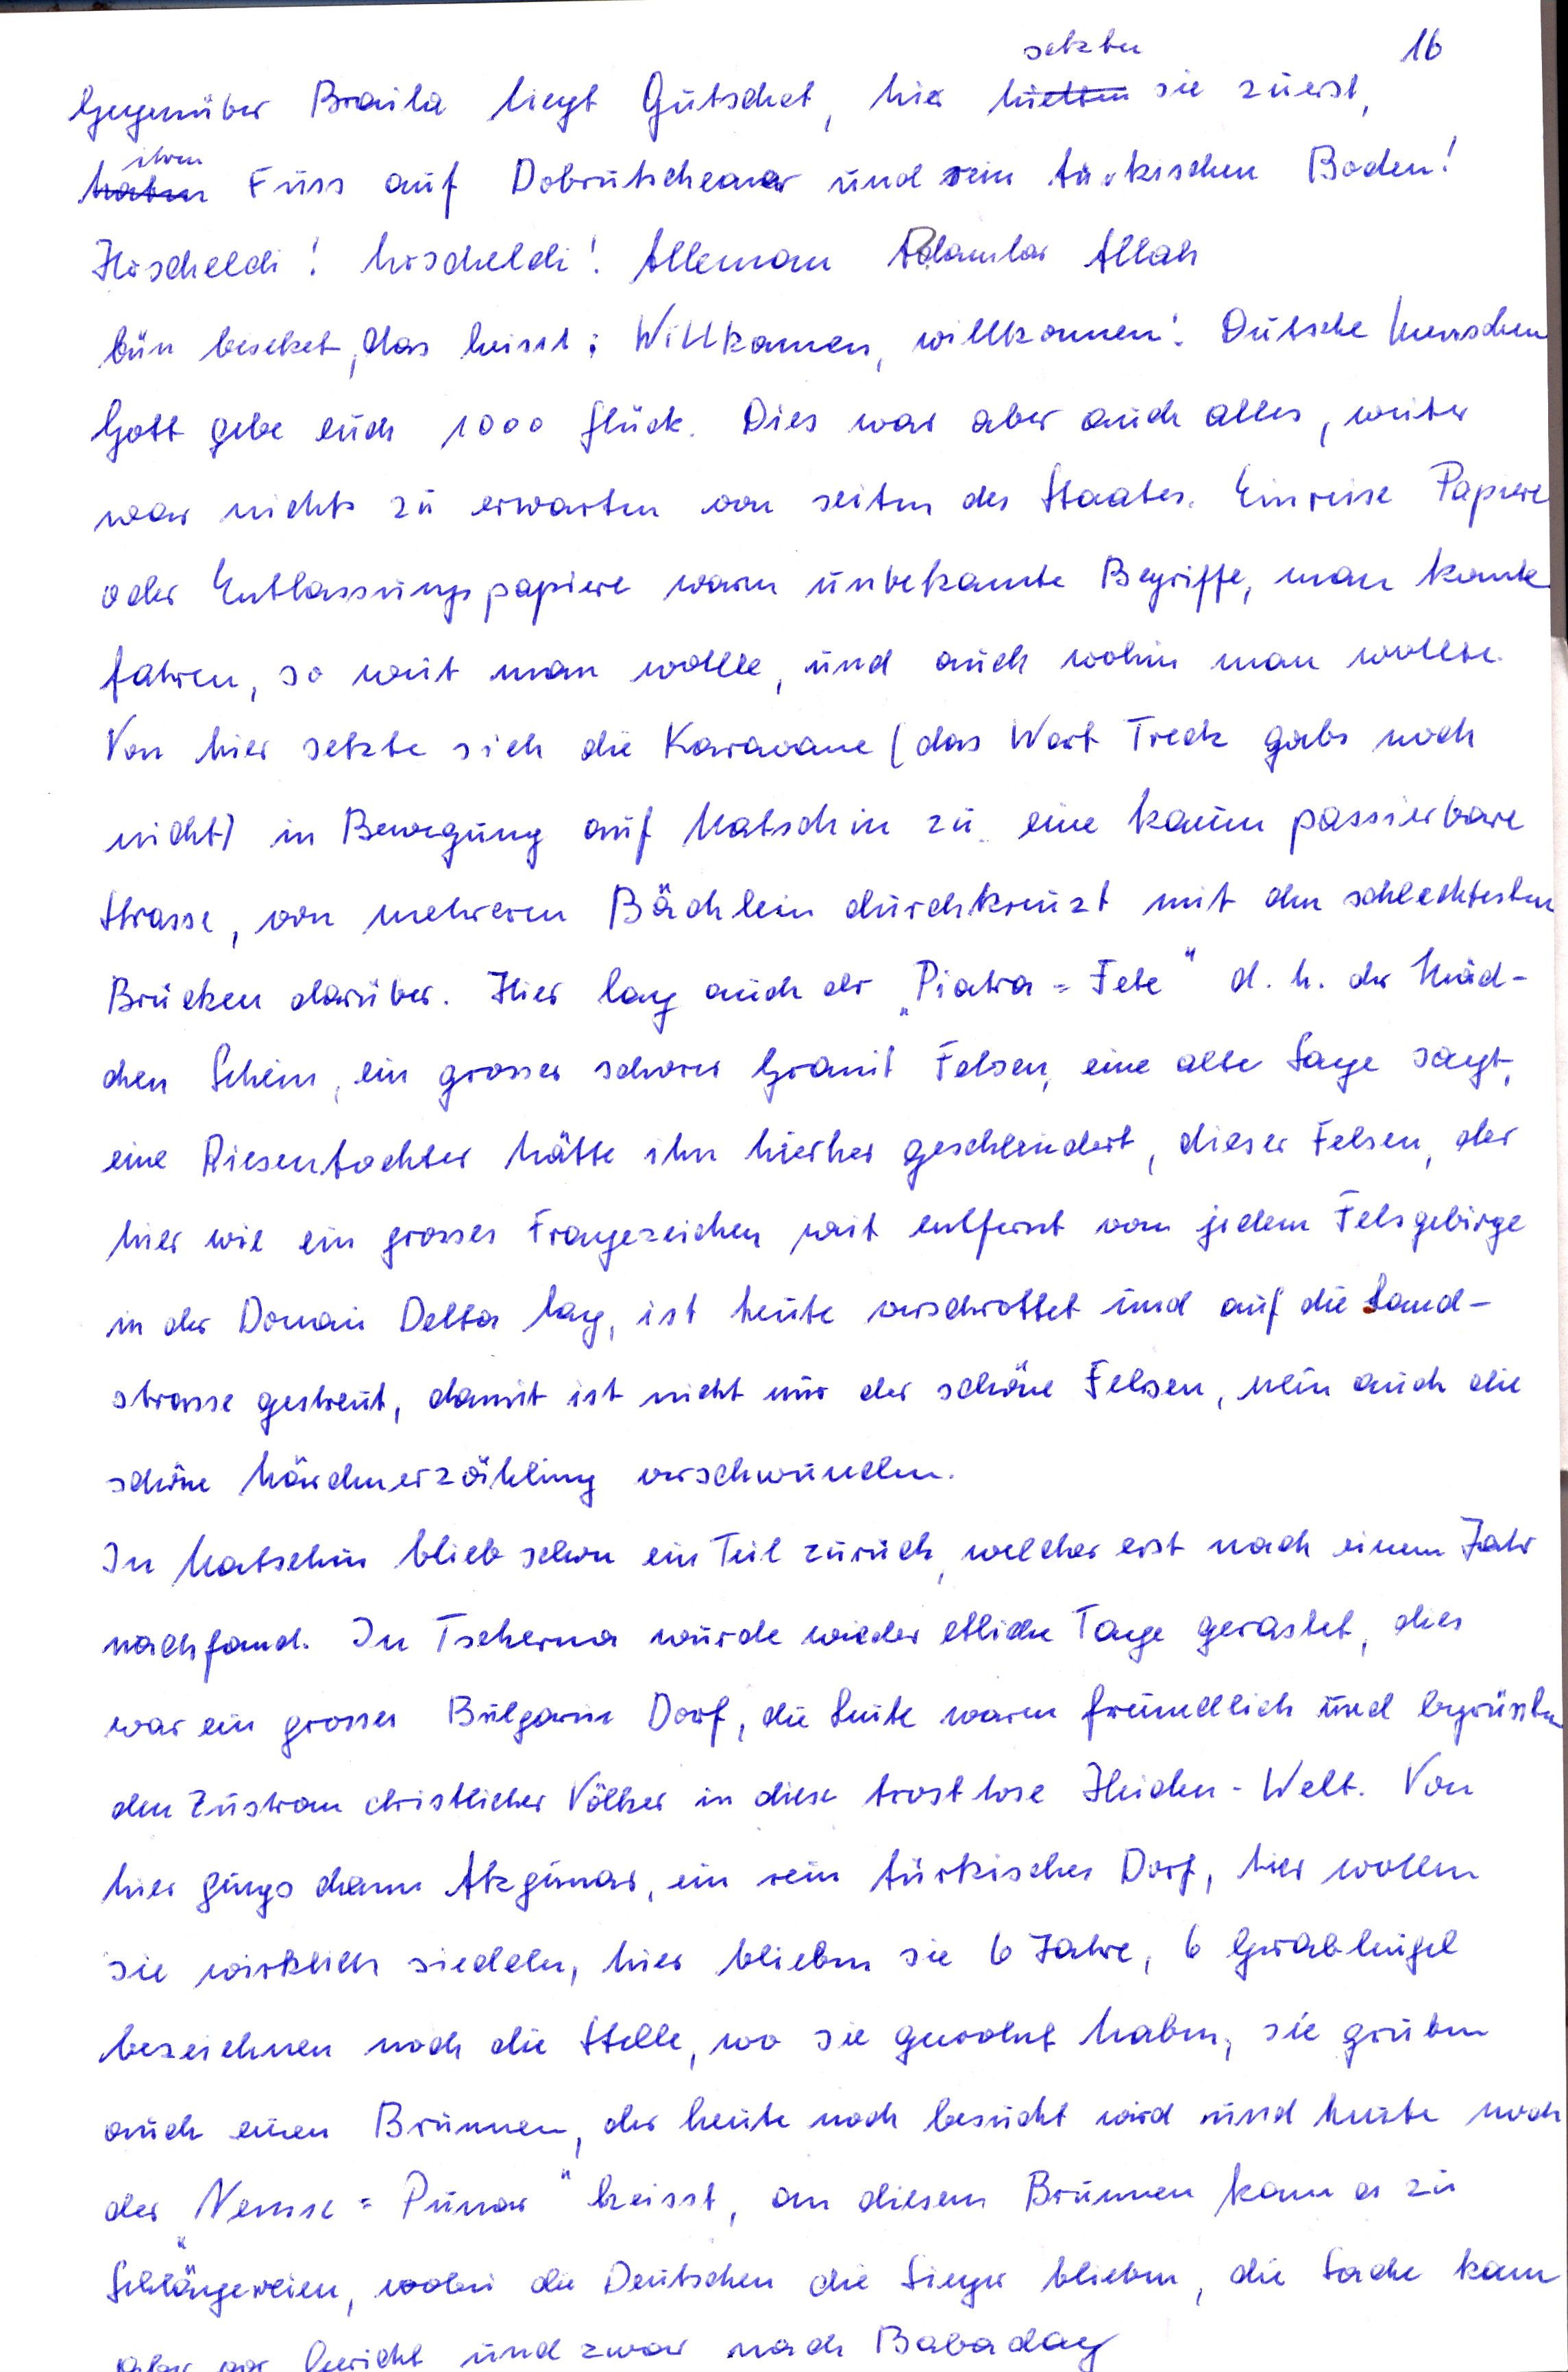
setzten
16
Gegenüber Braila liegt Gutschet hier hietten sie zuerst
ihwen
haten Fuss auf Dobrutscheanar und sein türkischen Boden!
Höscheldi. Urscheldi. Alleman Adamlar Allah
bun besetzet, das heisst; Willkamen willkommen. Dutsche Menschen
Gott gebe euch 1000 Glück. Dies war aber auch alles, weiter
war nichts zu erwarten von seiten des Staates. Einreise Papieret
oder Entlassungspapiere warmn unbekamnte Begriffe, man konte
fahren, so weit man wollle und auch wohin man wollte
Von hier setzte sich die Karavane (das Wort Treck gabs noch
nicht) in Bewegung auf Matschin zu eine kaum passierbare
Strasse, von mehreren Bächlein durchkreuzt mit den schlechtesten
Brücken darüber. Hier lag auch der Piatra=Fete d.h. der Mäd¬
chen Schein ein grosser schörer Granit Felsen eine alte Sage sagt
eine Riesentochter hätte ihn hierher geschleidert, dieser Felsen der
hier wie ein grosses Tragezeichen weit entfernt von jedem Felsgebirge
in der Donai Delta lag, ist heute verschrottet und auf die Land¬
strasse gestreut, damit ist nicht nur der schöne Felsen, nun auch die
schöne Märdhnerzählung verschwunden.
In Matschin blieb schon ein Teil zurüch welcher erst nach einem Jahr
nachfand. In Tscherna wurde wieder etliche Tage gerastet dies
war ein grosses Bulgarue Dorf, die Leute waren freundlich und byrüste
den Zustrauchristlicher Völker in diese trostlose Heiden-Welt. Von
hier gungs dann Abgunar ein rein türkisches Dorf, hier wollen
sie wirklich siedeln, hier blieben sie 6 Jahre, 6 Grrabhugel
bezeichnen noch die Stelle, wo sie gewohnt haben, sie grüben
auch einen Brunnen der heute noch besucht wird und heute noch
der Nense= Punar heisst an diesem Brunnen kann es zu
Schlägereien wobei die Deutschen die Sieger blieben die Sache kam
und zwar nach Babadag